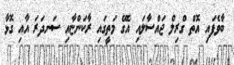
ބާވެފައި އޮތް ގްރިލް ޖައްސާލައި އެގޭ މަތީގައި ރާކަންޏާއި ސަަނދަރަަ އާއި ގޮޅާ